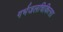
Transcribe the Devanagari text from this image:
गर्भजलचिकित्सा